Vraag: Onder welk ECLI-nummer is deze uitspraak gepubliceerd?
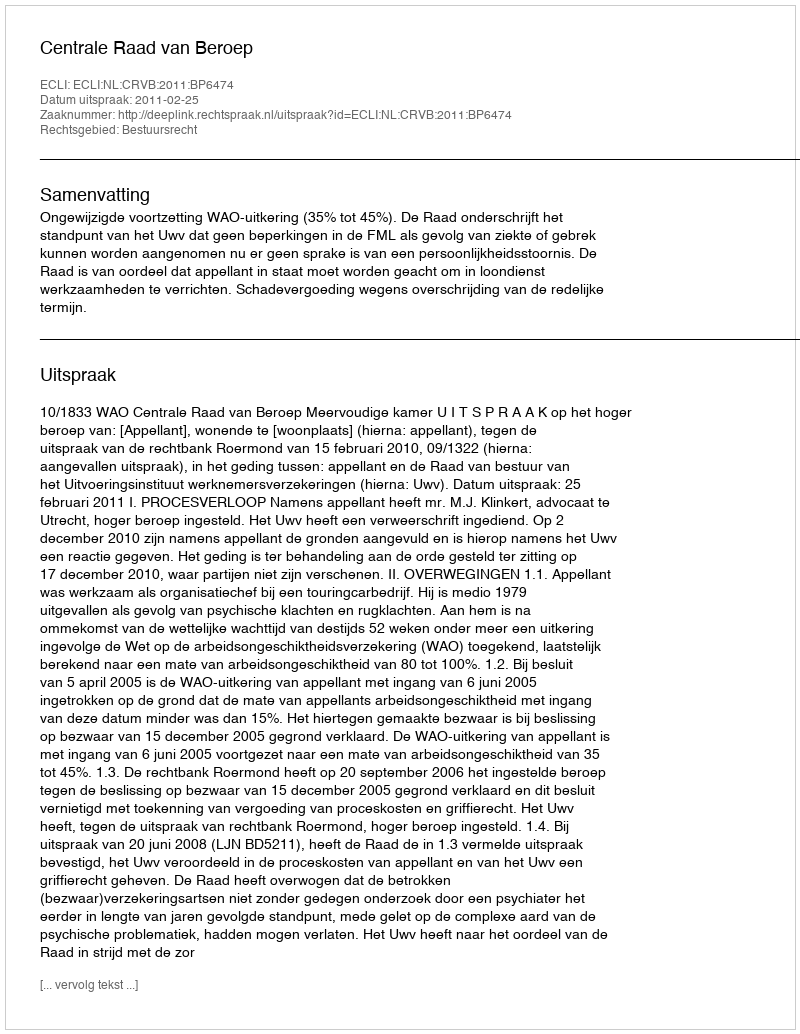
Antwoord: ECLI:NL:CRVB:2011:BP6474